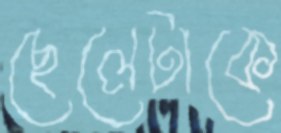
ছেলেটাকে